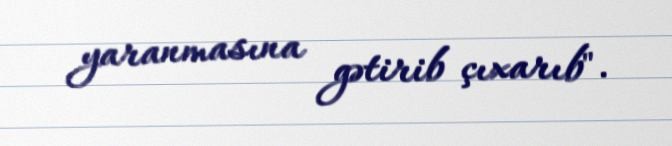
yaranmasına gətirib çıxarıb".